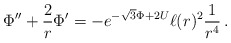
\begin{align*} \Phi'' + \frac{2}{r} \Phi' =-e^{-\sqrt{3}\Phi+ 2 U} \ell(r)^2 \frac{1}{r^4} \, .\end{align*}